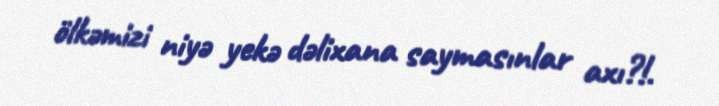
ölkəmizi niyə yekə dəlixana saymasınlar axı?!.